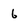
Character: 6